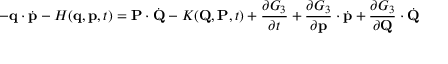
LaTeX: - \mathbf { q } \cdot { \dot { \mathbf { p } } } - H ( \mathbf { q } , \mathbf { p } , t ) = \mathbf { P } \cdot { \dot { \mathbf { Q } } } - K ( \mathbf { Q } , \mathbf { P } , t ) + { \frac { \partial G _ { 3 } } { \partial t } } + { \frac { \partial G _ { 3 } } { \partial \mathbf { p } } } \cdot { \dot { \mathbf { p } } } + { \frac { \partial G _ { 3 } } { \partial \mathbf { Q } } } \cdot { \dot { \mathbf { Q } } }